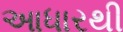
આધારથી